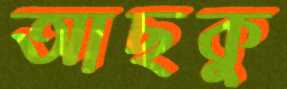
আছকু